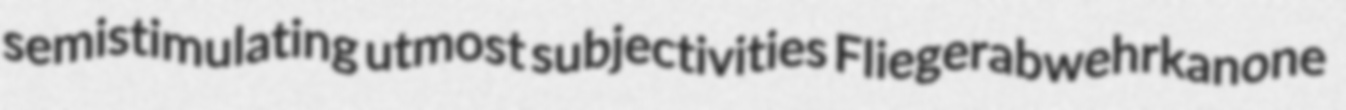
semistimulating utmost subjectivities Fliegerabwehrkanone